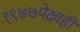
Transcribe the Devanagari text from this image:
१९७७पेक्षाही